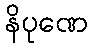
နိပုဏေ